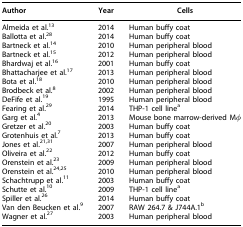
<table><thead><tr><td><b>Author</b></td><td><b>Year</b></td><td><b>Cells</b></td></tr></thead><tbody><tr><td>Almeida et al.<sup>13</sup></td><td>2014</td><td>Human buffy coat</td></tr><tr><td>Ballotta et al.<sup>28</sup></td><td>2014</td><td>Human buffy coat</td></tr><tr><td>Bartneck et al.<sup>14</sup></td><td>2010</td><td>Human peripheral blood</td></tr><tr><td>Bartneck et al.<sup>15</sup></td><td>2012</td><td>Human peripheral blood</td></tr><tr><td>Bhardwaj et al.<sup>16</sup></td><td>2001</td><td>Human buffy coat</td></tr><tr><td>Bhattacharjee et al.<sup>17</sup></td><td>2013</td><td>Human peripheral blood</td></tr><tr><td>Bota et al.<sup>18</sup></td><td>2010</td><td>Human peripheral blood</td></tr><tr><td>Brodbeck et al.<sup>8</sup></td><td>2002</td><td>Human peripheral blood</td></tr><tr><td>DeFife et al.<sup>19</sup></td><td>1995</td><td>Human peripheral blood</td></tr><tr><td>Fearing et al.<sup>29</sup></td><td>2014</td><td>THP-1 cell line<sup>a</sup></td></tr><tr><td>Garg et al.<sup>4</sup></td><td>2013</td><td>Mouse bone marrow-derived Mφ</td></tr><tr><td>Gretzer et al.<sup>20</sup></td><td>2003</td><td>Human buffy coat</td></tr><tr><td>Grotenhuis et al.<sup>7</sup></td><td>2013</td><td>Human buffy coat</td></tr><tr><td>Jones et al.<sup>21,31</sup></td><td>2007</td><td>Human peripheral blood</td></tr><tr><td>Oliveira et al.<sup>22</sup></td><td>2012</td><td>Human buffy coat</td></tr><tr><td>Orenstein et al.<sup>23</sup></td><td>2009</td><td>Human peripheral blood</td></tr><tr><td>Orenstein et al.<sup>24,25</sup></td><td>2010</td><td>Human peripheral blood</td></tr><tr><td>Schachtrupp et al.<sup>11</sup></td><td>2003</td><td>Human buffy coat</td></tr><tr><td>Schutte et al.<sup>10</sup></td><td>2009</td><td>THP-1 cell line<sup>a</sup></td></tr><tr><td>Spiller et al.<sup>26</sup></td><td>2014</td><td>Human buffy coat</td></tr><tr><td>Van den Beucken et al.<sup>9</sup></td><td>2007</td><td>RAW 264.7 &amp; J744A.1<sup>b</sup></td></tr><tr><td>Wagner et al.<sup>27</sup></td><td>2003</td><td>Human peripheral blood</td></tr></tbody></table>